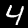
Label: 4